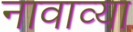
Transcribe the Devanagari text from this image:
नावाव्या